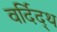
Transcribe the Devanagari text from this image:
वर्दिद्थ